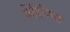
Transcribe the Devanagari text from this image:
केंद्रिकित